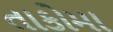
તાકોમા